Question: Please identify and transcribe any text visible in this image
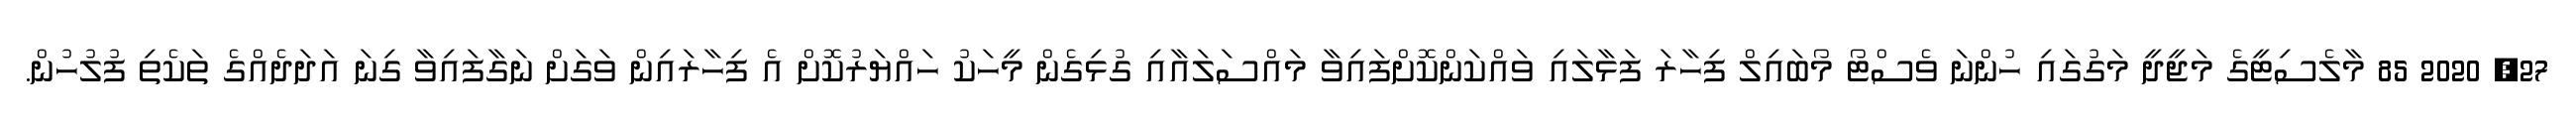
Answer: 27, 2020 85 މާލެސިޓީގެ މަޖީދީ މަގުގައި ހުންނަ ވެސްޓޯ މޯބައިލް ފިހާރަ ފަޅާލައި ވައްކަންކޮށްފައިވާ މައްސަލައާއި ގުޅިގެން މީހަކު ހައްޔަރުކޮށް އެ ފިހާރައިން ވަގަށް ނަގާފައިވާ ގިނަ އަދަދެއްގެ ތަކެތި ފުލުހުން.